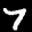
Label: 7